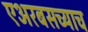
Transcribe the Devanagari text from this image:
एअरबसच्याच